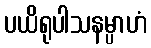
ပယိရုပါသနမ္ပာဟံ